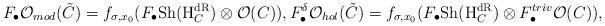
LaTeX: \begin{align*}F_\bullet\mathcal O_{mod}(\tilde C)=f_{\sigma,x_0}(F_\bullet\mathrm{Sh}(\mathrm{H}_C^{\mathrm{dR}})\otimes\mathcal O(C)),F_\bullet^\delta\mathcal O_{hol}(\tilde C)=f_{\sigma,x_0}(F_\bullet\mathrm{Sh}(\mathrm{H}_C^{\mathrm{dR}})\otimes F_\bullet^{triv}\mathcal O(C)), \end{align*}